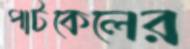
পাটকেলের